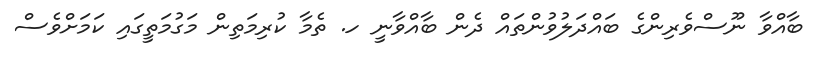
ބާއްވާ ނޫސްވެރިންގެ ބައްދަލުވުންތައް ދެން ބާއްވާނީ ހ. ތެމާ ކުރިމަތިން މަގުމަތީގައި ކަމަށްވެސް